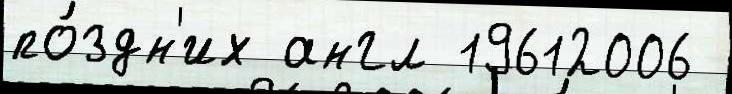
по́здн'их англ 19612006